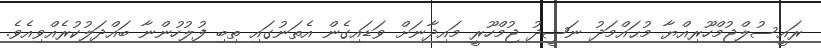
ރައީސުލްޖުމްހޫރިއްޔާ މުޙައްމަދު ނަޝީދު ޖުމްހޫރީ މައިދާނަށް ވަޑައިގެން އެތަނުގައި ތިބި ފުލުހުންނާ ބައްދަލުކުރެއްވިއެވެ.